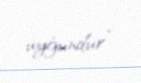
uyğundur”.